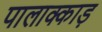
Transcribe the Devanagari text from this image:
पालाक्काड़